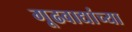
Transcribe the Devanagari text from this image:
गूढवाद्यांच्या